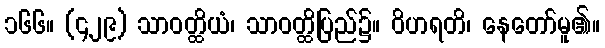
၁၆၆။ (၄၂၉) သာဝတ္ထိယံ၊ သာဝတ္ထိပြည်၌။ ဝိဟရတိ၊ နေတော်မူ၏။